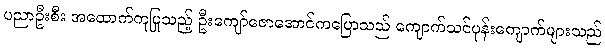
ပညာဦးစီး အထောက်ကူပြုသည့် ဦးကျော်ဇောအောင်ကပြောသည် ကျောက်သင်ပုန်းကျောက်များသည်